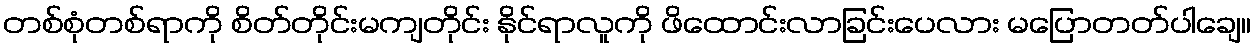
တစ်စုံတစ်ရာကို စိတ်တိုင်းမကျတိုင်း နိုင်ရာလူကို ဖိထောင်းလာခြင်းပေလား မပြောတတ်ပါချေ။